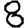
Digit: 8